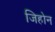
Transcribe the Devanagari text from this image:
जिहोन